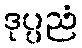
ဒုပ္ပညံ